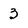
Character: 3